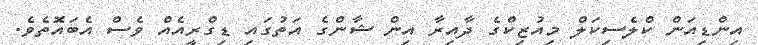
އިންޑިއަން ކްލެސިކަލް މިއުޒިކްގެ ދާއިރާ އިން ޝާންގެ އަތުގައި ޑިގްރީއެއް ވެސް އެބައޮތެވެ.